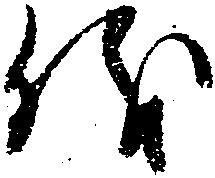
儀